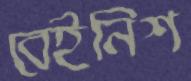
বেইনিশ